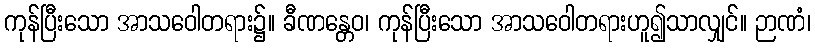
ကုန်ပြီးသော အာသဝေါတရား၌။ ခီဏန္တေဝ၊ ကုန်ပြီးသော အာသဝေါတရားဟူ၍သာလျှင်။ ဉာဏံ၊